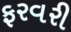
ફરવરી